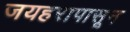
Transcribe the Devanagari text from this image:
जयहरापासून